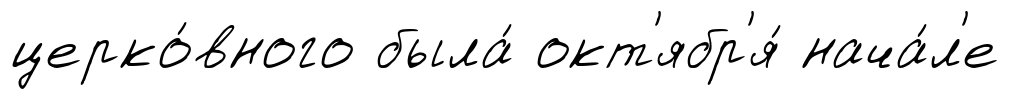
церко́вного была́ окт'ябр'я́ нача́л'е